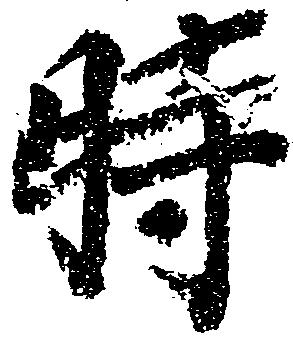
時